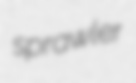
sprawler